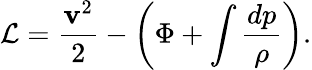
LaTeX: {\cal L}=\frac{\mathbf{v}^{2}}{2}-\left(\Phi+\int\frac{dp}{\rho}\right).